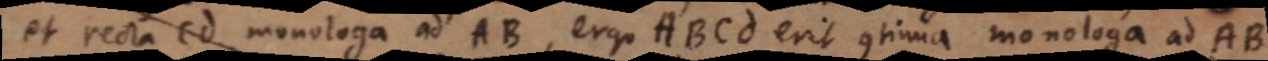
et recta Cd monologa ad AB, ergo ABCd erit cotinua monologa ad AB